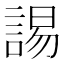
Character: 𧩎